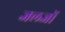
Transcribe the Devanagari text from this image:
जलजों